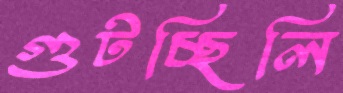
গুটচ্ছিলি